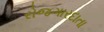
રોજગારદાતા